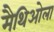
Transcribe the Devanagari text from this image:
मैथिओला